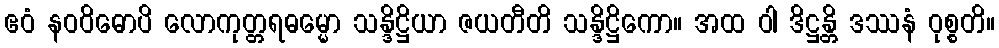
ဧဝံ နဝဝိဓောပိ လောကုတ္တရဓမ္မော သန္ဒိဋ္ဌိယာ ဇယတီတိ သန္ဒိဋ္ဌိကော။ အထ ဝါ ဒိဋ္ဌန္တိ ဒဿနံ ဝုစ္စတိ။